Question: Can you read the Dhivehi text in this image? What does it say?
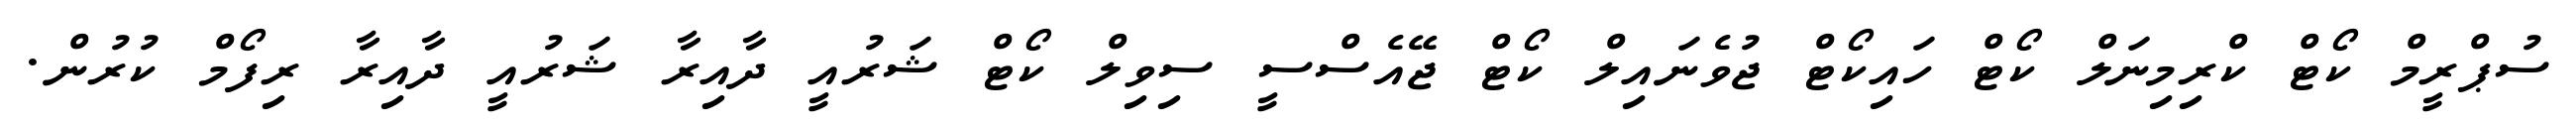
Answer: ސުޕްރީމް ކޯޓް ކްރިމިނަލް ކޯޓް ހައިކޯޓް ޖުވެނައިލް ކޯޓް ޖޭއެސްސީ ސިވިލް ކޯޓް ޝަރުއީ ދާއިރާ ޝަރުއީ ދާއިރާ ރިފޯމް ކުރުން.